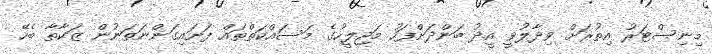
މިނިސްޓަރު އިތުރަށް ވިދާލުވީ އީދު ބަންދަށްފަހު މަޖިލީހުގެ މަސައްކަތްތައް ފަށައިގަންނަތަނުން ޒަކާތާ ބެހޭ